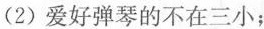
(2)爱好弹琴的不在三小；